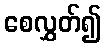
စေလွှတ်၍